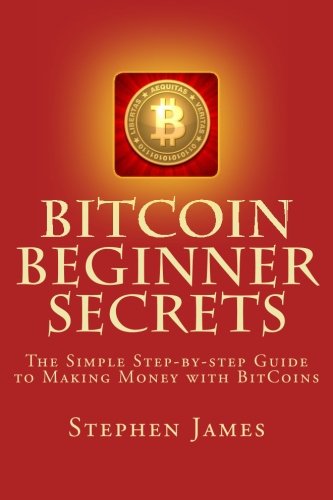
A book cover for BitCoin Beginner Secrets: The Simple Step-by-step Guide to Making Money with BitCoins; Stephen James; Computers & Technology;